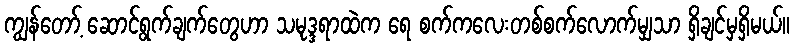
ကျွန်တော့် ဆောင်ရွက်ချက်တွေဟာ သမုဒ္ဒရာထဲက ရေ စက်ကလေးတစ်စက်လောက်မျှသာ ရှိချင်မှရှိမယ်။